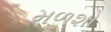
મળશો